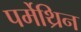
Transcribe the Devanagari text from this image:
पर्मेथ्रिन